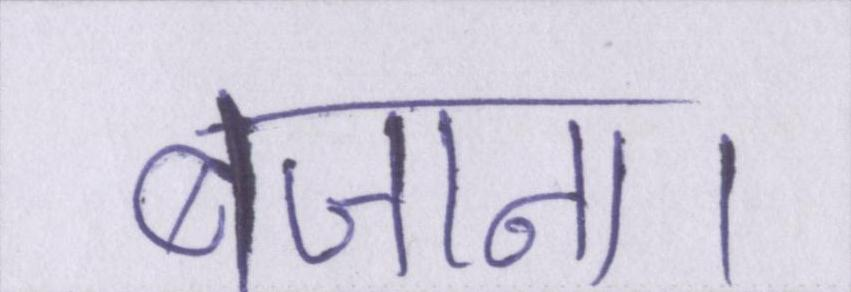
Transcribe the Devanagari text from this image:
बजाना।